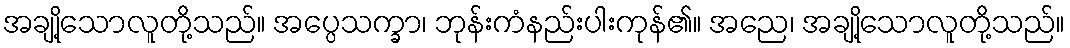
အချို့သောလူတို့သည်။ အပ္ပေသက္ခာ၊ ဘုန်းကံနည်းပါးကုန်၏။ အညေ၊ အချို့သောလူတို့သည်။